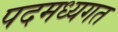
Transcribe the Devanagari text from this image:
पदमध्यगत